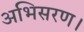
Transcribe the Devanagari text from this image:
अभिसरण।